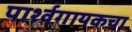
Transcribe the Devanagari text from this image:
पार्श्वगायकचा